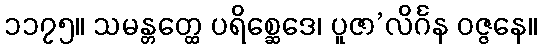
၁၁၇၅။ သမန္တတ္ထေ ပရိစ္ဆေဒေ၊ ပူဇာ’လိင်္ဂန ဝဇ္ဇနေ။